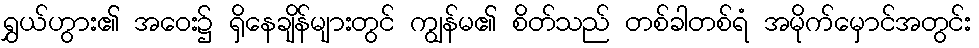
ရွှယ်ဟွား၏ အဝေး၌ ရှိနေချိန်များတွင် ကျွန်မ၏ စိတ်သည် တစ်ခါတစ်ရံ အမိုက်မှောင်အတွင်း